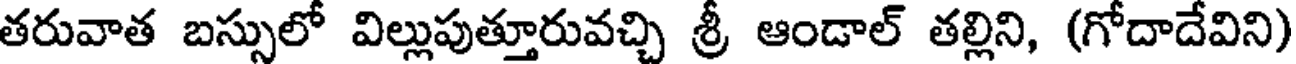
తరువాత బస్సులో విల్లుపుత్తూరువచ్చి శ్రీ ఆండాల్ తల్లిని, (గోదాదేవిని)